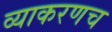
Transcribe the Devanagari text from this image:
व्याकरणच